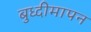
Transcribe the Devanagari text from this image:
बुध्दीमापन